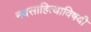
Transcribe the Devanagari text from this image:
नवसाहित्याविषयी